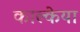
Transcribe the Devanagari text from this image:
काल्केया